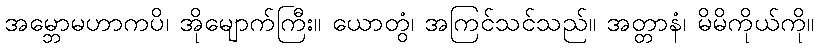
အမ္ဘောမဟာကပိ၊ အိုမျောက်ကြီး။ ယောတွံ၊ အကြင်သင်သည်။ အတ္တာနံ၊ မိမိကိုယ်ကို။